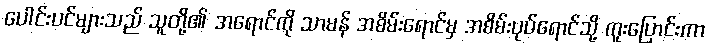
ပေါင်းပင်များသည် သူတို့၏ အရောင်ကို သာမန် အစိမ်းရောင်မှ အစိမ်းပုပ်ရောင်သို့ ကူးပြောင်းကာ